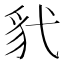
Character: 𫎊